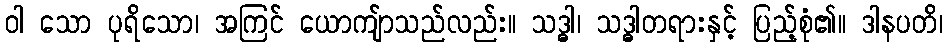
ဝါ သော ပုရိသော၊ အကြင် ယောကျ်ာသည်လည်း။ သဒ္ဓါ၊ သဒ္ဓါတရားနှင့် ပြည့်စုံ၏။ ဒါနပတိ၊